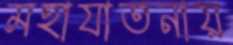
মহাযাতনায়